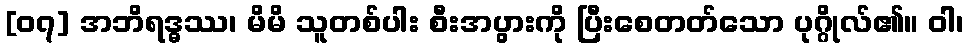
[၀၇] အဘိရဒ္ဓဿ၊ မိမိ သူတစ်ပါး စီးအပွားကို ပြီးစေတတ်သော ပုဂ္ဂိုလ်၏။ ဝါ၊